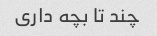
چند تا بچه داری